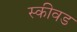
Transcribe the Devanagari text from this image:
स्कीवड